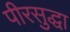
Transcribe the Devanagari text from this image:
पीरसुद्धा